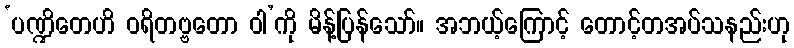
‘ပဏ္ဍိတေဟိ ဝရိတဗ္ဗတော ဝါ’ကို မိန့်ပြန်သော်။ အဘယ့်ကြောင့် တောင့်တအပ်သနည်းဟု